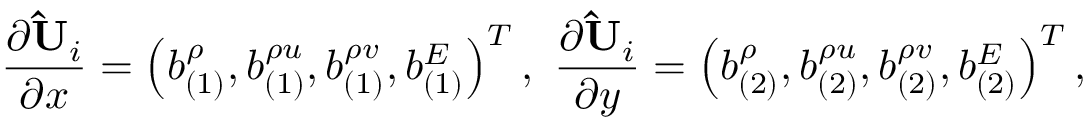
\frac { \partial { \mathbf { \hat { U } } _ { i } } } { \partial x } = \left( b _ { ( 1 ) } ^ { \rho } , b _ { ( 1 ) } ^ { \rho u } , b _ { ( 1 ) } ^ { \rho v } , b _ { ( 1 ) } ^ { E } \right) ^ { T } , \ \frac { \partial { \mathbf { \hat { U } } _ { i } } } { \partial y } = \left( b _ { ( 2 ) } ^ { \rho } , b _ { ( 2 ) } ^ { \rho u } , b _ { ( 2 ) } ^ { \rho v } , b _ { ( 2 ) } ^ { E } \right) ^ { T } ,